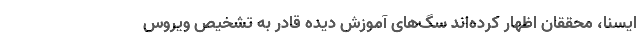
ایسنا، محققان اظهار کرده‌اند سگ‌های آموزش دیده قادر به تشخیص ویروس